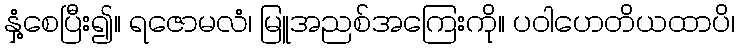
နှံ့စေပြီး၍။ ရဇောမလံ၊ မြူအညစ်အကြေးကို။ ပဝါဟေတိယထာပိ၊